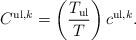
LaTeX: \begin{align*}C^{\mathrm{ul},k} = \left(\frac{T_{\mathrm{ul}}}{T}\right) c^{\mathrm{ul},k}.\end{align*}